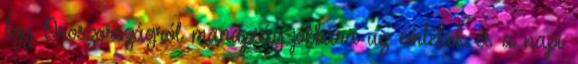
Így Oroszországról manapság jobbára az emlékek és a napi